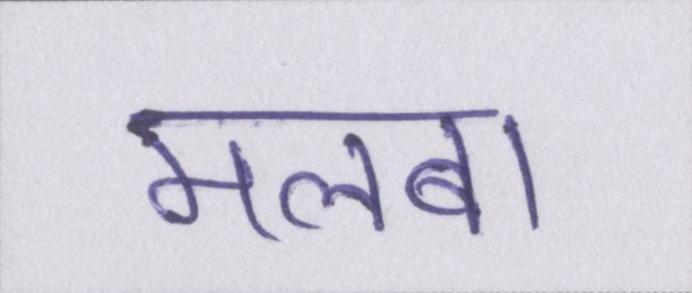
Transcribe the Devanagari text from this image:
मलबा